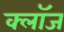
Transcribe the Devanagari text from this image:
क्लाॅज